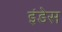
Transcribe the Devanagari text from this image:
इंडेस